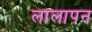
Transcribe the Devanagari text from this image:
लालापन